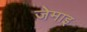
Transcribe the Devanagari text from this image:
जेमाइ